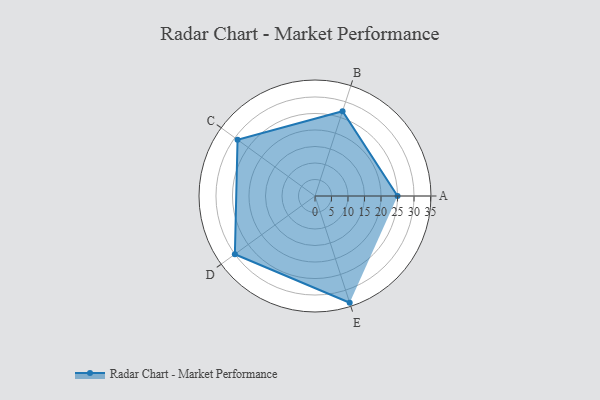
{"axis": {"x": "Skill", "y": "Score"}, "legend": ["Profile"], "data": [{"x": "A", "y": 25.0, "type": "Profile"}, {"x": "B", "y": 27.0, "type": "Profile"}, {"x": "C", "y": 29.0, "type": "Profile"}, {"x": "D", "y": 30.0, "type": "Profile"}, {"x": "E", "y": 34.0, "type": "Profile"}]}